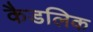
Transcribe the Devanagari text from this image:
कैडलिक